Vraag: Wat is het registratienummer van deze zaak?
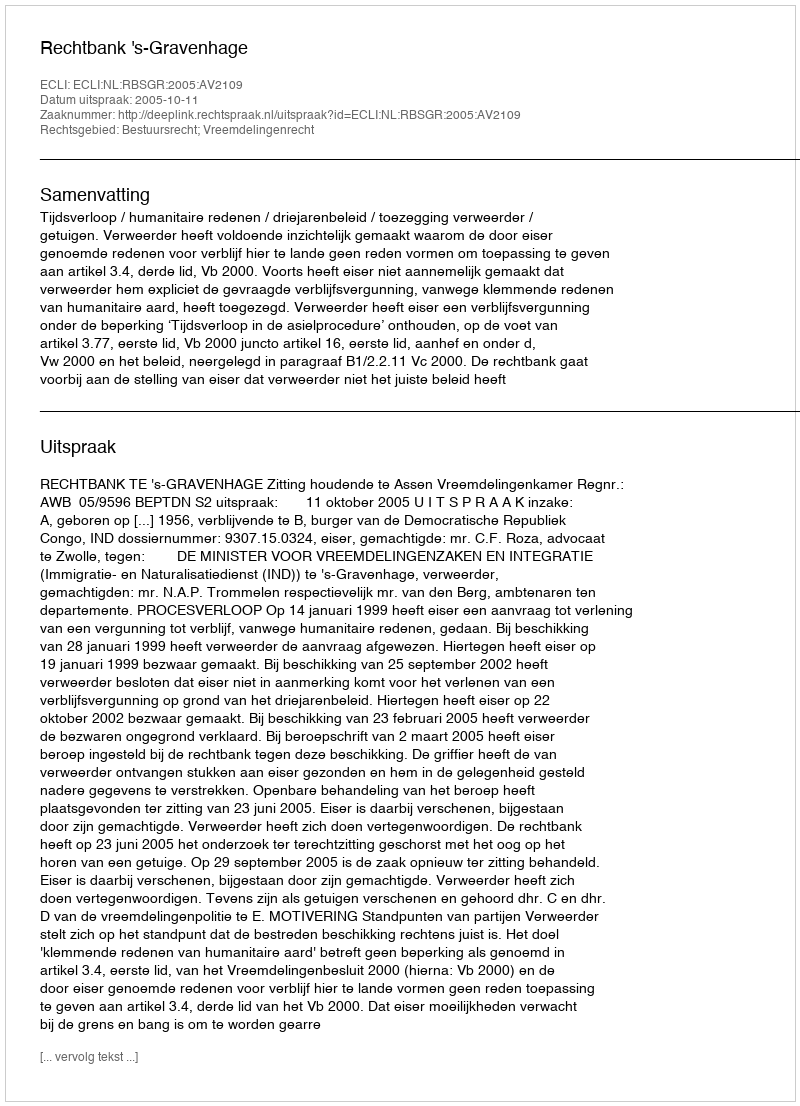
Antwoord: http://deeplink.rechtspraak.nl/uitspraak?id=ECLI:NL:RBSGR:2005:AV2109